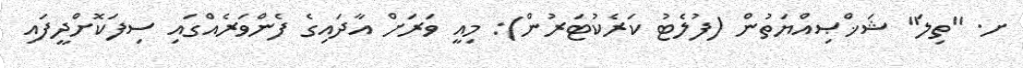
ށ. ''ތިލަ'' ޝަޚްޞިއްޔަތުން (ފުލެޓު ކަރެކުޓަރުން): މިއީ ވަރަށް އާދައިގެ ފެންވަރެއްގައި ސިފަކޮށްދީފައި